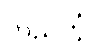
တည်တံ့